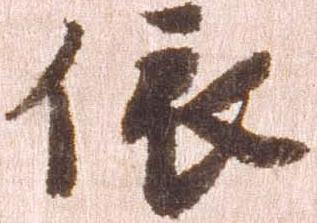
依